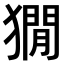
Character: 𤡥